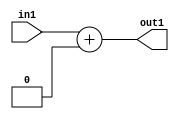
`timescale 1ps / 1ps
/*****************************************************************************
    Verilog RTL Description
    
    
    Created by: Stratus DpOpt 2019.1.01 
*******************************************************************************/

module DC_Filter_Add_5U_12_4 (
	in1,
	out1
	); /* architecture "behavioural" */ 
input [4:0] in1;
output [4:0] out1;
wire [4:0] asc001;

assign asc001 = 
	+(in1)
	+(5'B00000);

assign out1 = asc001;
endmodule

/* CADENCE  urn0SQ8= : u9/ySgnWtBlWxVPRXgAZ4Og= ** DO NOT EDIT THIS LINE ******/